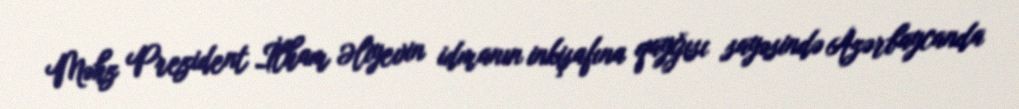
Məhz Prezident İlham Əliyevin idmanın inkişafına qayğısı sayəsində Azərbaycanda